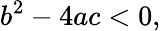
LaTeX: b^{2}-4ac<0,